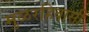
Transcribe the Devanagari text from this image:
मुळरहिवासी